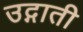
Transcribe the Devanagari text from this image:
उद्गाती